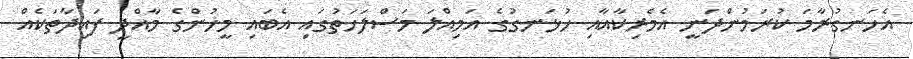
އެހަނގުރާމަ ކުރަމުންދަނީ އެމެރިކާއާއި ހުޅަނގުގެ އަމިއްލަ މަސްލަހަތުގައި އެބައި މީހުންގެ މާއްދީ ފައިދާތަކެއް